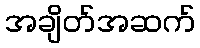
အချိတ်အဆက်